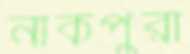
নাকপুরা